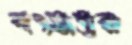
বৎসতর